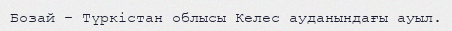
Бозай – Түркістан облысы Келес ауданындағы ауыл.